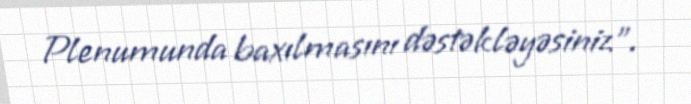
Plenumunda baxılmasını dəstəkləyəsiniz”.